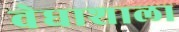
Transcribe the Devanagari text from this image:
वेधाशाला